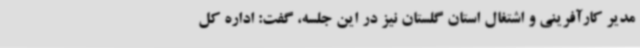
مدیر کارآفرینی و اشتغال استان گلستان نیز در این جلسه، گفت: اداره کل